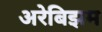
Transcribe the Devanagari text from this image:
अरेबिझम